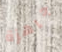
جاهزة